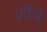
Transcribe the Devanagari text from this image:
णीञ्